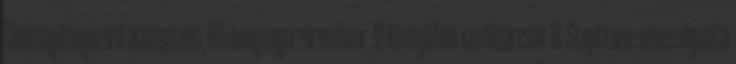
Távolságifényszóró-asszisztens​, HiFi hangsugárzórendszer, M Könnyűfém keréktárcsák 18, Steptronic sebességváltó